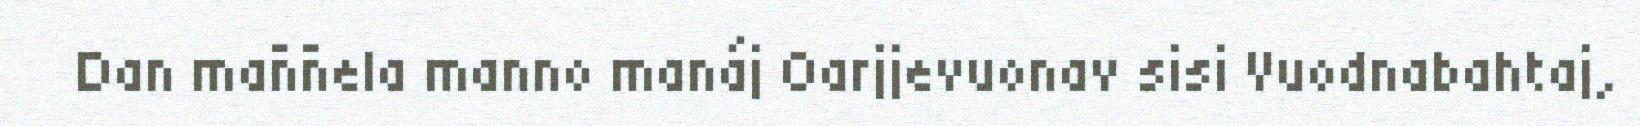
Dan maññela manno manáj Oarjjevuonav sisi Vuodnabahtaj,